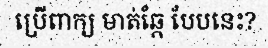
ប្រើពាក្យ មាត់ឆ្កែ បែបនេះ?